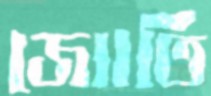
জ্যোতি